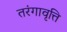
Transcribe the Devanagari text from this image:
तरंगावृत्ति